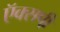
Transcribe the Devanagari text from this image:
ऍक्सपी़